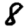
Digit: 8